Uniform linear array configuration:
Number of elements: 4
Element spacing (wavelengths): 0.25
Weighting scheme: kaiser
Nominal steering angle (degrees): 45
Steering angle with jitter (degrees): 43.878
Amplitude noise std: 0.05
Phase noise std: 0.05

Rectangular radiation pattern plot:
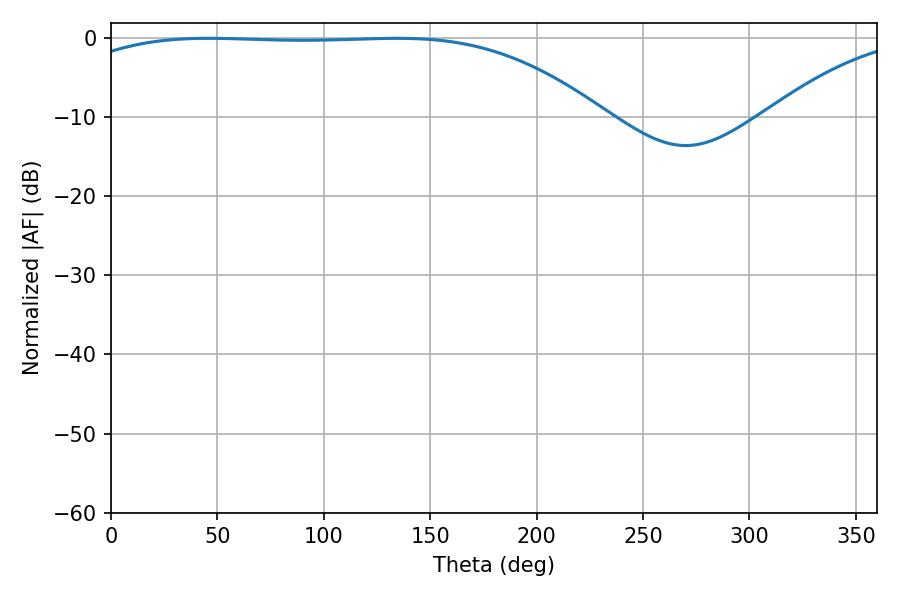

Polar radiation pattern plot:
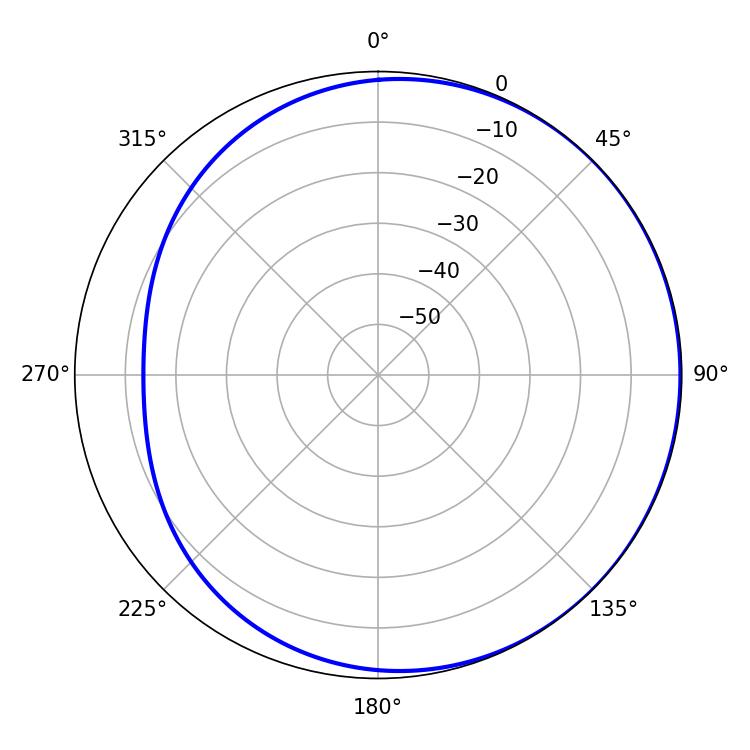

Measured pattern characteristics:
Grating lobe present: FALSE
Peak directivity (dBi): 0.8882
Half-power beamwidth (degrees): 193.5
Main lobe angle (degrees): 45.9